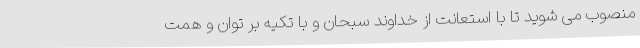
منصوب می شوید تا با استعانت از خداوند سبحان و با تکیه بر توان و همت